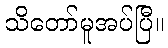
သိတော်မူအပ်ပြီ။